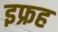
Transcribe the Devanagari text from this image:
इफ्रह